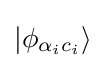
|\phi _{\alpha _{i}c_{i}}\rangle